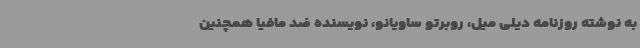
به نوشته روزنامه دیلی میل، روبرتو ساویانو، نویسنده ضد مافیا همچنین